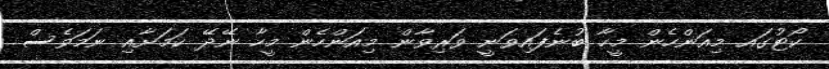
ކޯޓުގައ މިއަންހެން މީހާ ބުނެފައިވަނީ ވަރިވާން މިއަންހެން މީހާ ނޭދޭ ކަމަށާއި ނަމަވެސް